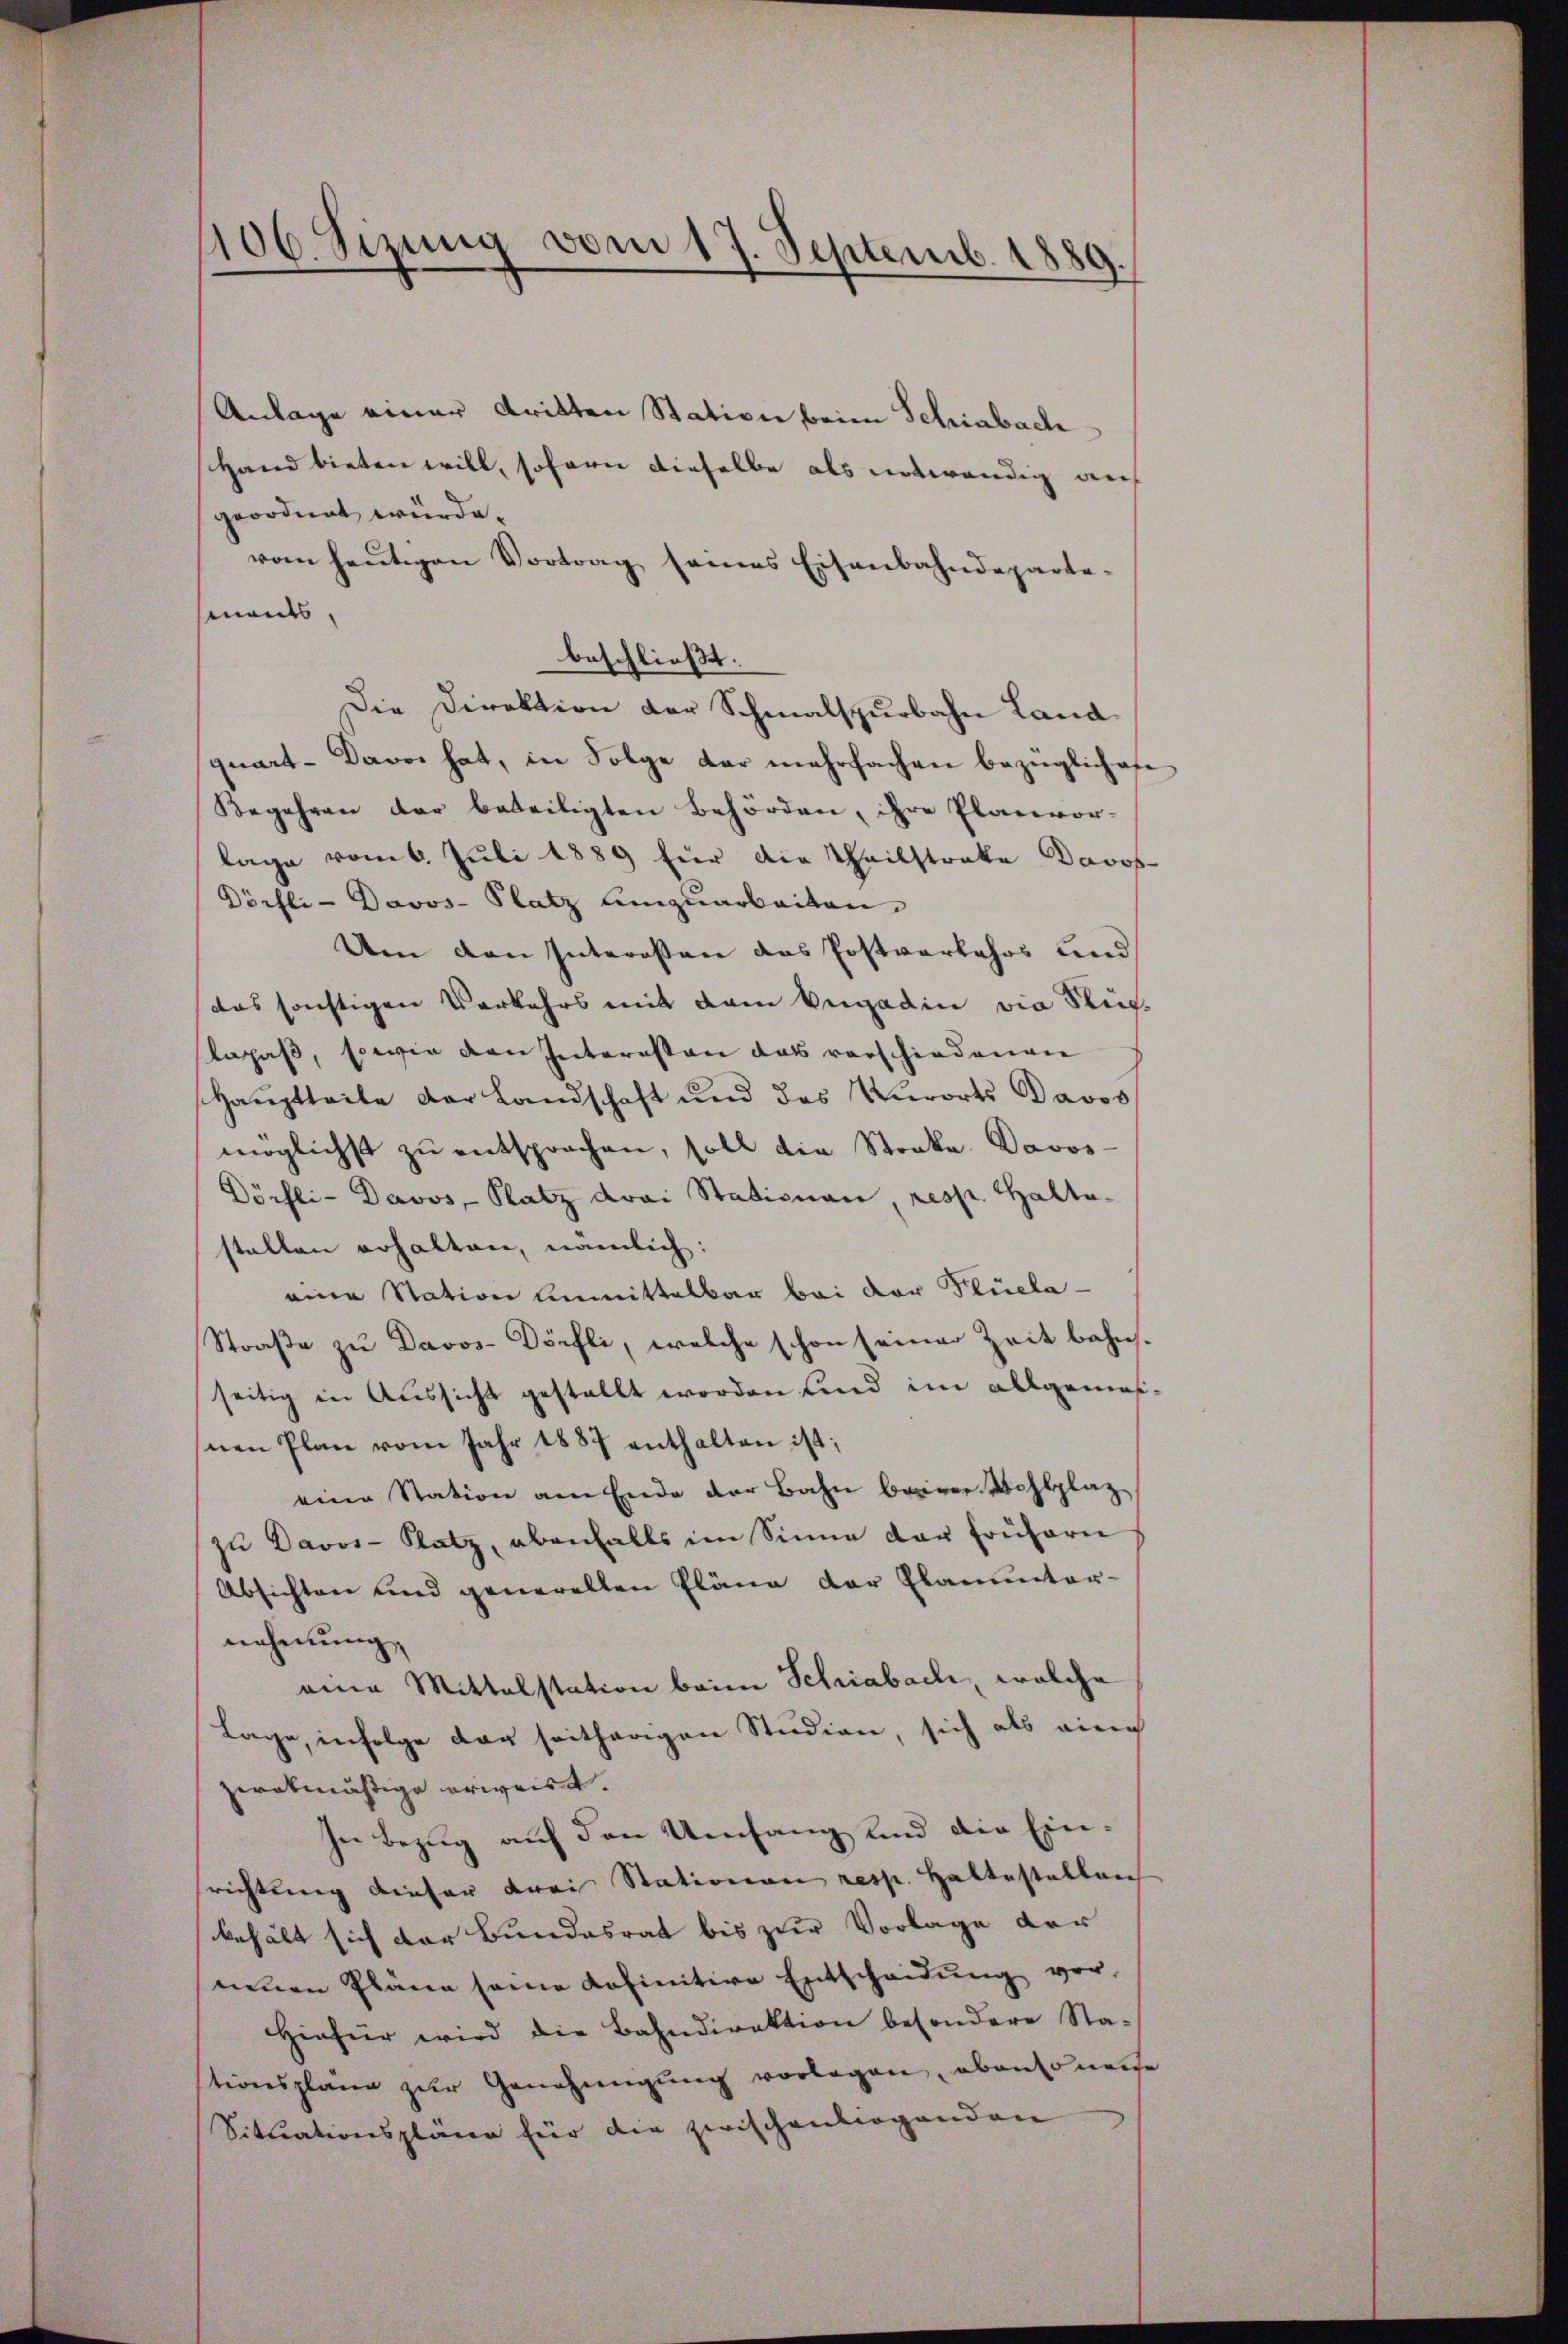
406. Sizung vom 17. Septemb. 1889.

Anlage einer dritten Station beim Schiabach
Hand bieten will, sofern dieselbe als notwendig auf
geordnet wurde.
vom heŭtigen Vortrag seines Eisenbahndeparte-
ments,
beschließt:
Die Direktion der Schmalspurbahn Landquart-Davos hat, in Folge der mehrfachen bezüglichen
Begehren der beteiligten Behörden, ihre Planvor-
lage vom 6. Juli 1889 für die Thailstrate Davos-
Dörfli-Davos- Platz umzuarbeiten.
Um den Interessen das Postverkehrs und
das sonstigen Verkehrs mit dem Engadin die Stiflapaß, sowie den Internsten das vorschiedenen
Hauptteite der Landschaft und des Verorts Davos
möglichst zŭ entsprochen, soll die Stocke. Davos-
Dörfli-Davos- Platz drei Stationen resp. Haltastellen erhalten, nämlich:
eine Station unmittelbar bei der Flüela-
Straße zu Davos- Dörfli, welche schon seiner Zeit bahnseitig in Aussicht gestellt worden und im allgemesnen Plan vom Jahr 1887 enthalten ist;
eine Station am Ende der Bahn barer Wohlplaz
zŭ Davos- Platz, ebenfalls im Sinne der frühern
Absichten und generalten Pläne der Planunter-
nehmung,
eine Mittelstation beim Schiabach, welche
Lage, infolge der seitherigen Studien, sich als eine
zerabmäßige erweist.
In Bezug auf den Umfang und die Einrichtung dieser drei Stationen resp. Haltestellen
behält sich der Bundesrat bis zur Vorlage der
nenen Pläne seine Kofinitive Entscheidŭng vor
Hiefür wird die Bahndirektion besondere Sta-
stionspläne zŭr Genehmigŭng vorlagen, ebensonense
Situationsplänen für die zwischenbirgenden